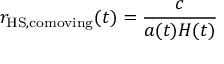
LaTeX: r _ { { \mathrm { H S } } , \mathrm { c o m o v i n g } } ( t ) = { \frac { c } { a ( t ) H ( t ) } }